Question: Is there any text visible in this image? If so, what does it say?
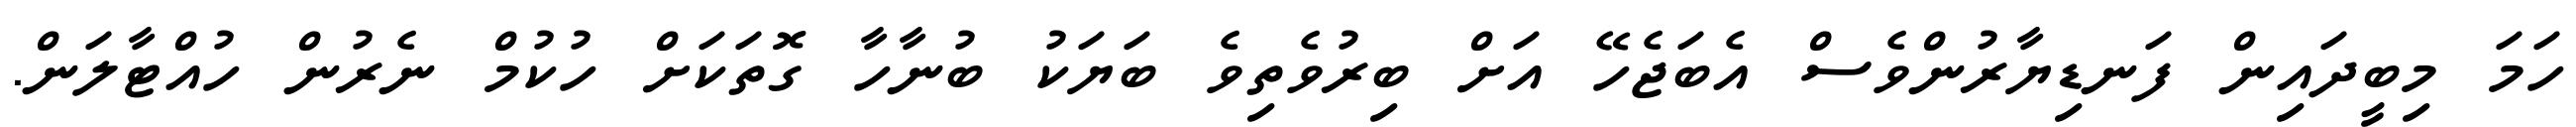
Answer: ހަމަ މިބީދައިން ފަނޑިޔާރުންވެސް އެބަޖެހޭ އަށް ބިރުވެތިވެ ބަޔަކު ބުނާހާ ގޮތަކަށް ހުކުމް ނެރުން ހުއްޓާލަން.